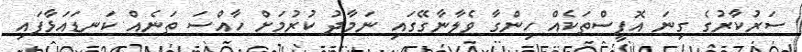
ސަރުކާރުގެ ގިނަ އޮފީސްތަކެއް ހިންގާ ވެލާނާގޭގައި ނަމާދު ކުރުމަށް ހާއްސަ ތަނެއް ކަނޑައަޅާފައި